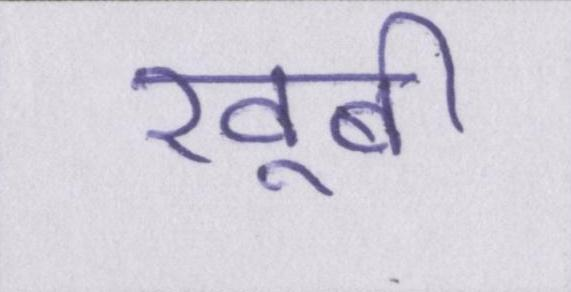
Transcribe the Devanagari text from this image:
खूबी